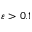
\varepsilon > 0 . 1